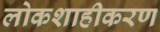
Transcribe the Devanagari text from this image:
लोकशाहीकरण